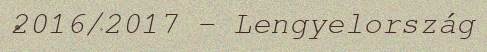
2016/2017 – Lengyelország